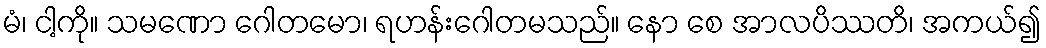
မံ၊ ငါ့ကို။ သမဏော ဂေါတမော၊ ရဟန်းဂေါတမသည်။ နော စေ အာလပိဿတိ၊ အကယ်၍